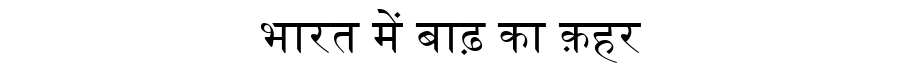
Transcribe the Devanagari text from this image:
भारत में बाढ़ का क़हर